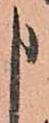
申